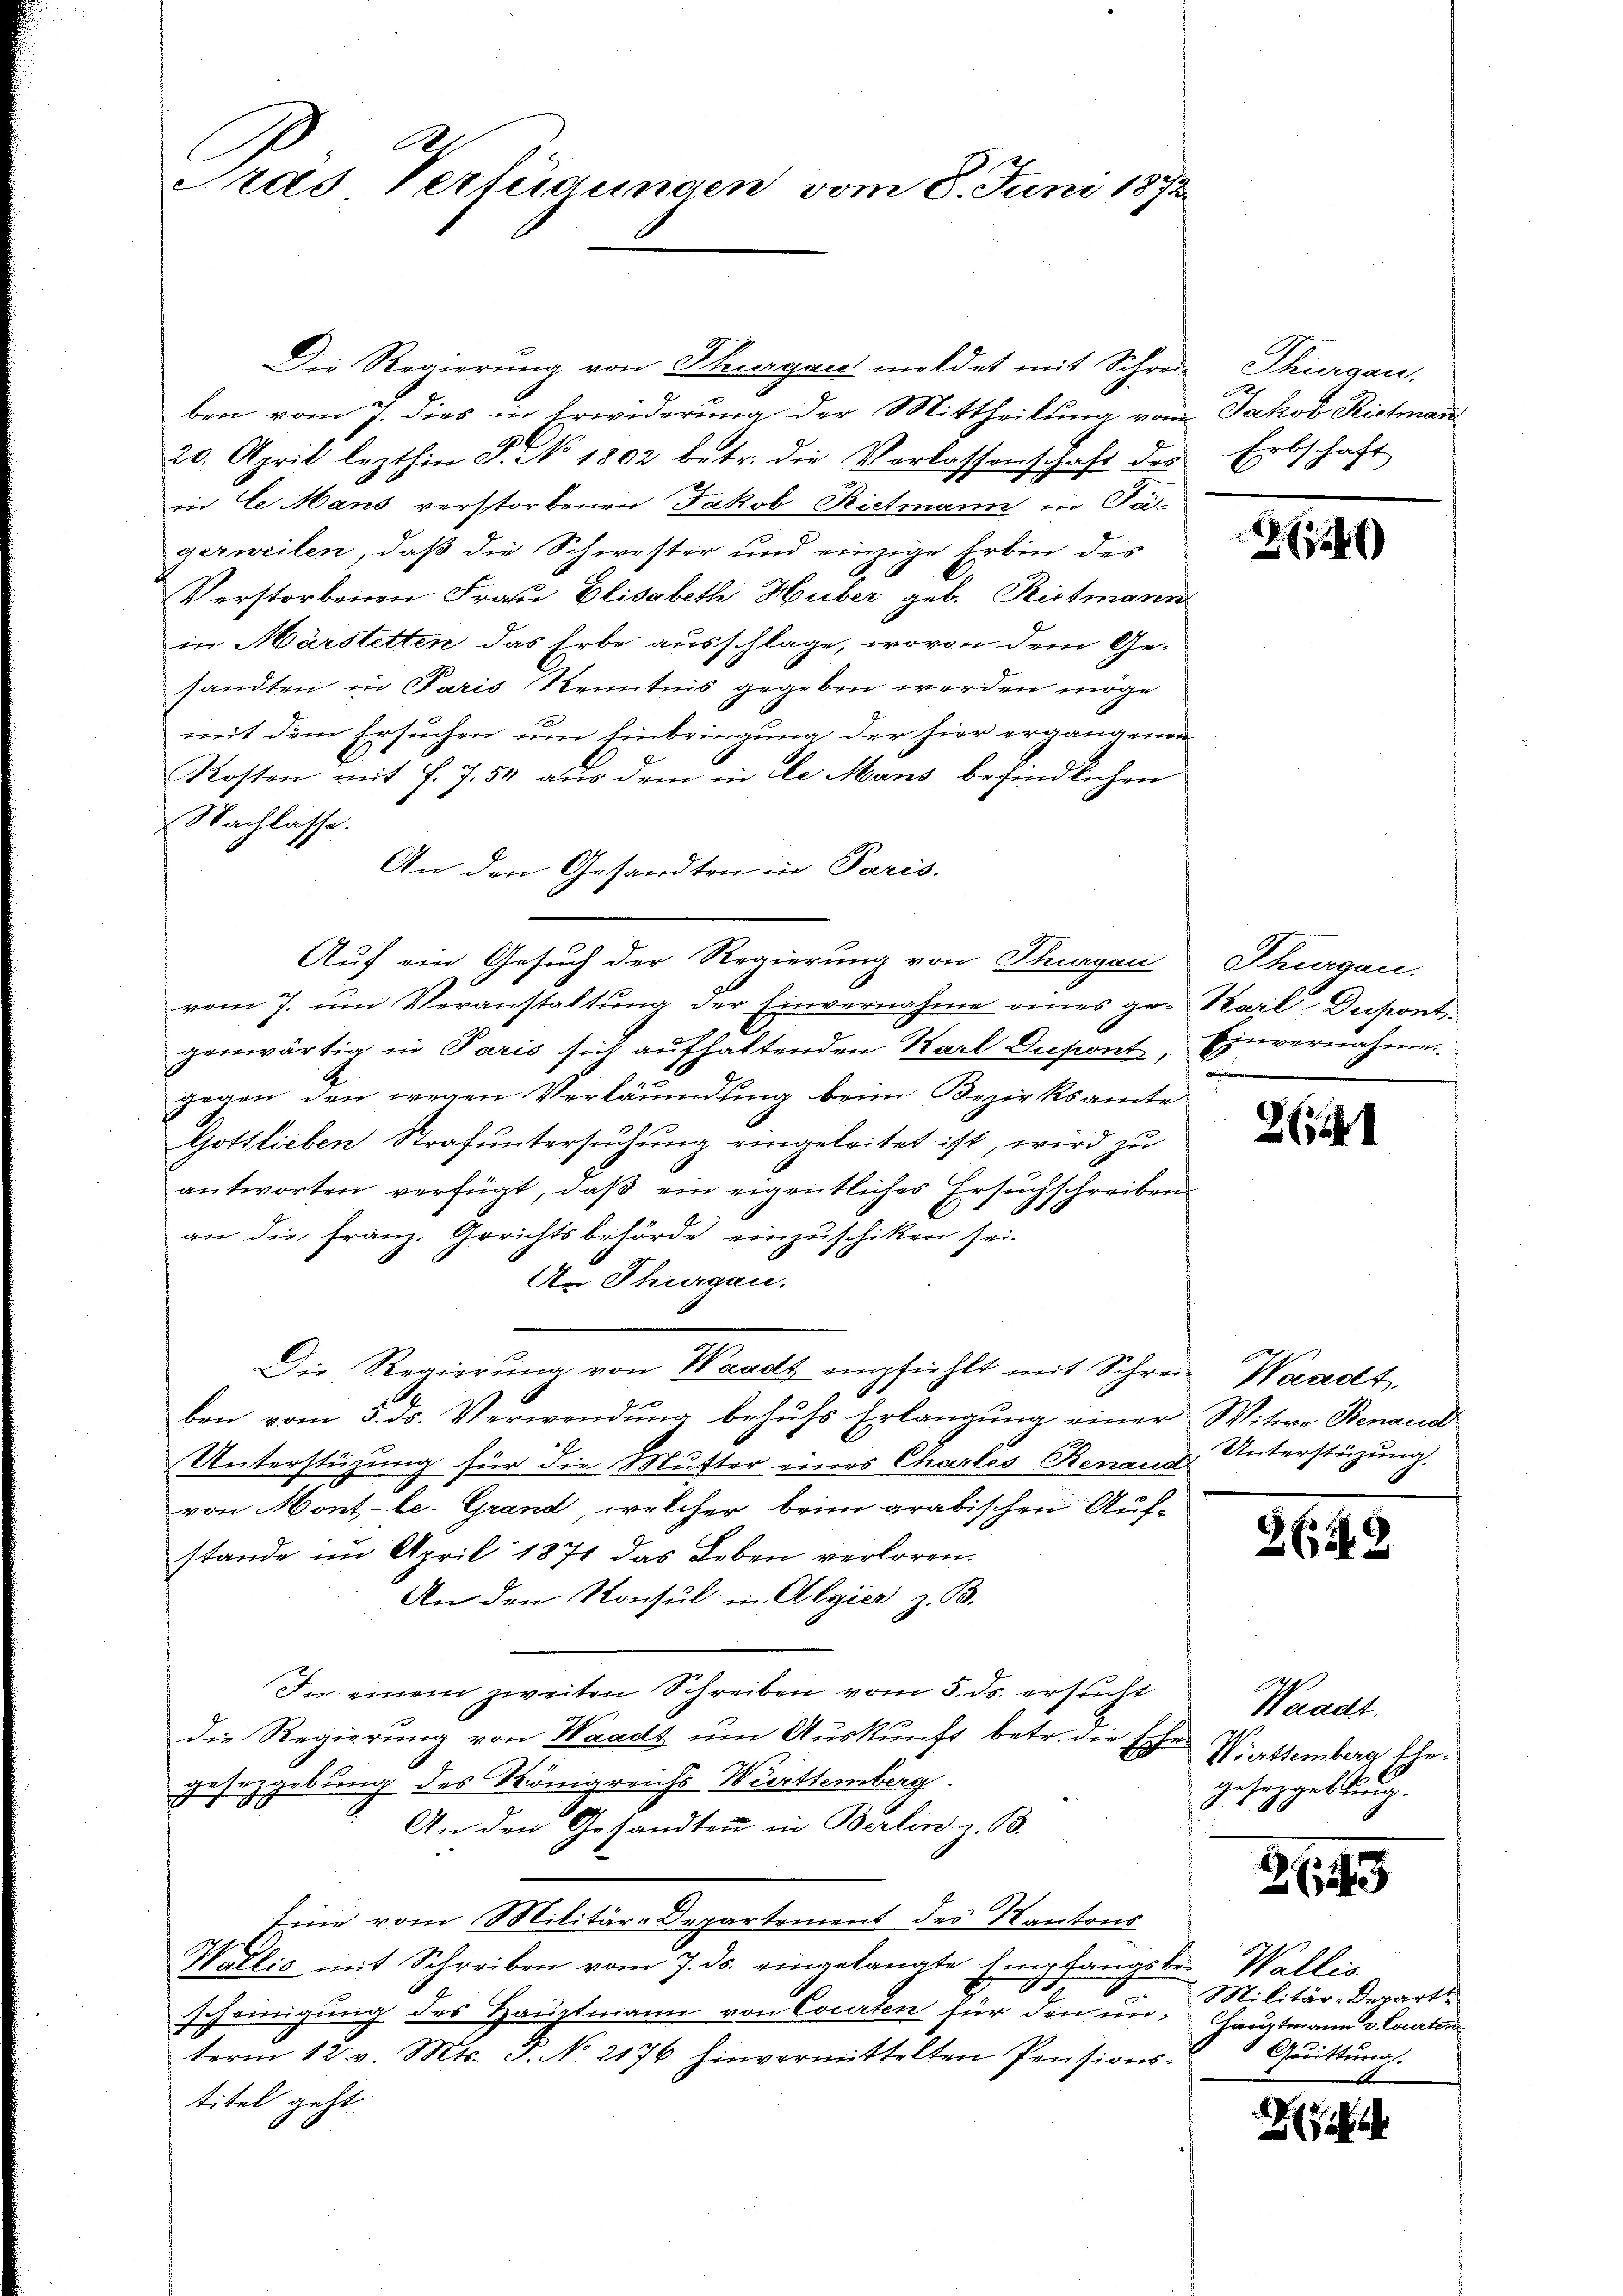
Pras Verfügungen vom 8. Juni 1892.

Die Regierung von Thurgau meldet mit Schreiben vom 7. dies in Erwiderung der Mittheilung vom
28
20. April lezthin J. No 1802 betr. die Verlassenschaft des
in Se Mans verstorbenen Jakob Rietmann in Fä-
gerweilen, daß die Schwester und einzige Erbin des
Verstorbenen Frau Elisabeth Huber geb. Richmann
in Märstetten das Erbe ausschlage, wovon dem Gesandten in Paris Kenntnis gegeben werden möge
mit dem Ersuchen um Einbringung der hier ergangenen
Kosten mit J. J. 54 aus dem in de Mans befindlichen
Nachlasse.
An den Gesandten in Paris.
vom 7. um Veranstaltung der Einvernahme eines gegenwärtig in Paris sich aufhaltenden Karl Dupont,
gegen den wegen Verläumdung beim Bezirksamte
Gottlieben Strafuntersuchung eingeleitet ist, wird zu
antworten verfügt, daß ein eigentliches Ersuchschreiben
an die Franz. Gerichtsbehörde einzuschiken sei.
An Thurgau.
Die Regierŭng von Waadt empfiehlt mit Schrei Waadt,
ben vom 5. ds. Verwendung behufs Erlangung einer
Unterstützung für die Mutter eines Chartes Renaus-Unterstüzung.
von Mont-le. Grand, welcher beim arabischen Aufstande im April 1871 das Leben verloren.
An den Konsul in Algier z. B.
In einem zweiten Schreiben vom 5. ds. ersucht
die Regierung von Waadt um Auskunft betr. die Eches Plattemberg Ehegeteigebung des Königreichs Württemberg.
488
An den Gesandten in Berlin z. B.
fini vom Militär-Departement des Kantons
Wallis mit Schreiben vom 7. ds. eingelangte Empfangsbe- Wallis
scheinigung des Hauptmann von Courten für den in Hauptmann v. Courton
term 12. v. Mts. S. No. 2176 hinvermittelten Pensionstitel geht

Auf ein Gesuch der Regierung von Thurgau

Thorgen.
e
Jakob Rietman
schaft
E

1246)

Thurgau.
Karl-Despont
Einvernahme.

2 (121

Witwe Benaud

2649

Waadt.
gesetzgebung.

24

Militär-Depart
Gerittung.

e